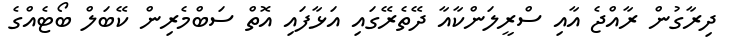
ދިރާގުން ރާއްޖެ އާއި ސްރީލަންކާއާ ދޭތެރޭގައި އަޅާފައި އޮތް ސަބްމެރިން ކޭބަލް ބޯޓެއްގެ